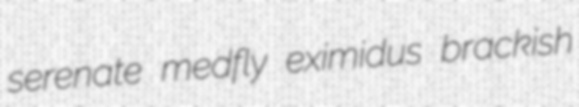
serenate medfly eximidus brackish